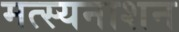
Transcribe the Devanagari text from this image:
मत्स्यनाशन